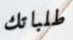
طلباتك